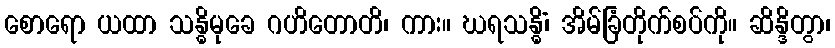
စောရော ယထာ သန္ဓိမုခေ ဂဟိတောတိ၊ ကား။ ဃရသန္ဓိံ၊ အိမ်ခြံတိုက်စပ်ကို။ ဆိန္ဒိတွာ၊